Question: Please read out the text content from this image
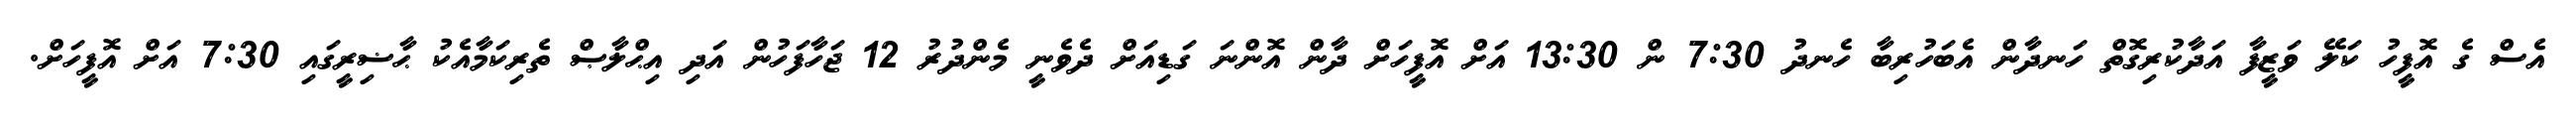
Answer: އެސް ގެ އޮފީހު ކަލޭ ވަޒީފާ އަދާކުރިގޮތް ހަނދާން އެބަހުރިބާ ހެނދު 7:30 ން 13:30 އަށް އޮފީހަށް ދާން އޮންނަ ގަޑިއަށް ދެވެނީ މެންދުރު 12 ޖަހާފަހުން އަދި އިޙްލާޞް ތެރިކަމާއެކު ޙާޟިރީގައި 7:30 އަށް އޮފީހަށް.